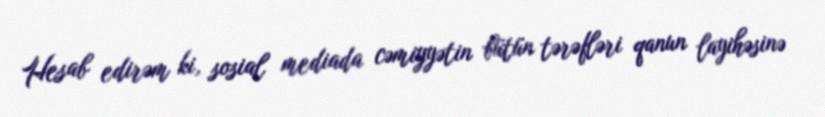
Hesab edirəm ki, sosial mediada cəmiyyətin bütün tərəfləri qanun layihəsinə